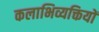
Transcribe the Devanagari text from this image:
कलाभिव्यक्तियों